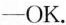
—OK.